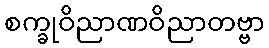
စက္ခုဝိညာဏဝိညာတဗ္ဗာ